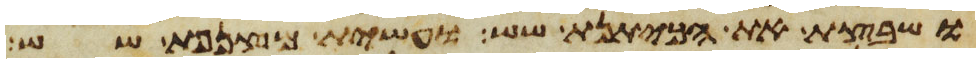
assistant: ושבצת את הכיתנת שש ועשית מצנפת שש